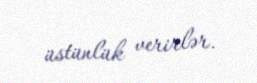
üstünlük verirlər.